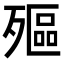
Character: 𣩛